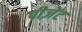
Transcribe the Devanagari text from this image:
पीज़ेंट